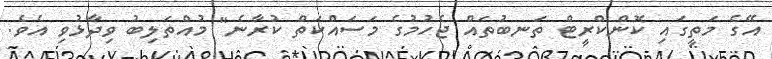
އޭގެ މަތީގައި ކޮންކްރީޓް ތަނބުތައް ޖެހުމުގެ މަސައްކަތް ކުރާނެ" މުއްތަލިބު ވިދާޅުވި އެވެ.